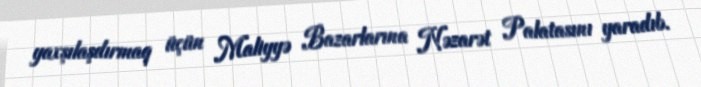
yaxşılaşdırmaq üçün Maliyyə Bazarlarına Nəzarət Palatasını yaradıb.